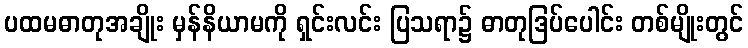
ပထမဓာတုအချိုး မှန်နိယာမကို ရှင်းလင်း ပြသရာ၌ ဓာတုဒြပ်ပေါင်း တစ်မျိုးတွင်